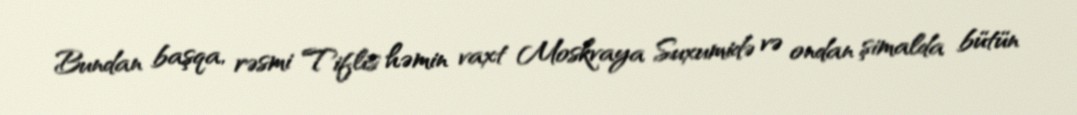
Bundan başqa, rəsmi Tiflis həmin vaxt Moskvaya Suxumidə və ondan şimalda bütün